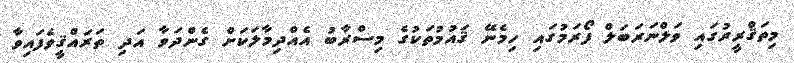
މިތަޤްރީރުގައި ވަލްނަރަބަލް ފޯރަމުގައި ހިމެނޭ ޤައުމުތަކުގެ މިސްރާބު އެއްދިމާލަކަށް ގެންދަވާ އަދި ތަރައްޤީވެފައިވާ